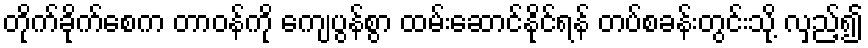
တိုက်ခိုက်စေက တာဝန်ကို ကျေပွန်စွာ ထမ်းဆောင်နိုင်ရန် တပ်စခန်းတွင်းသို့ လှည့်၍